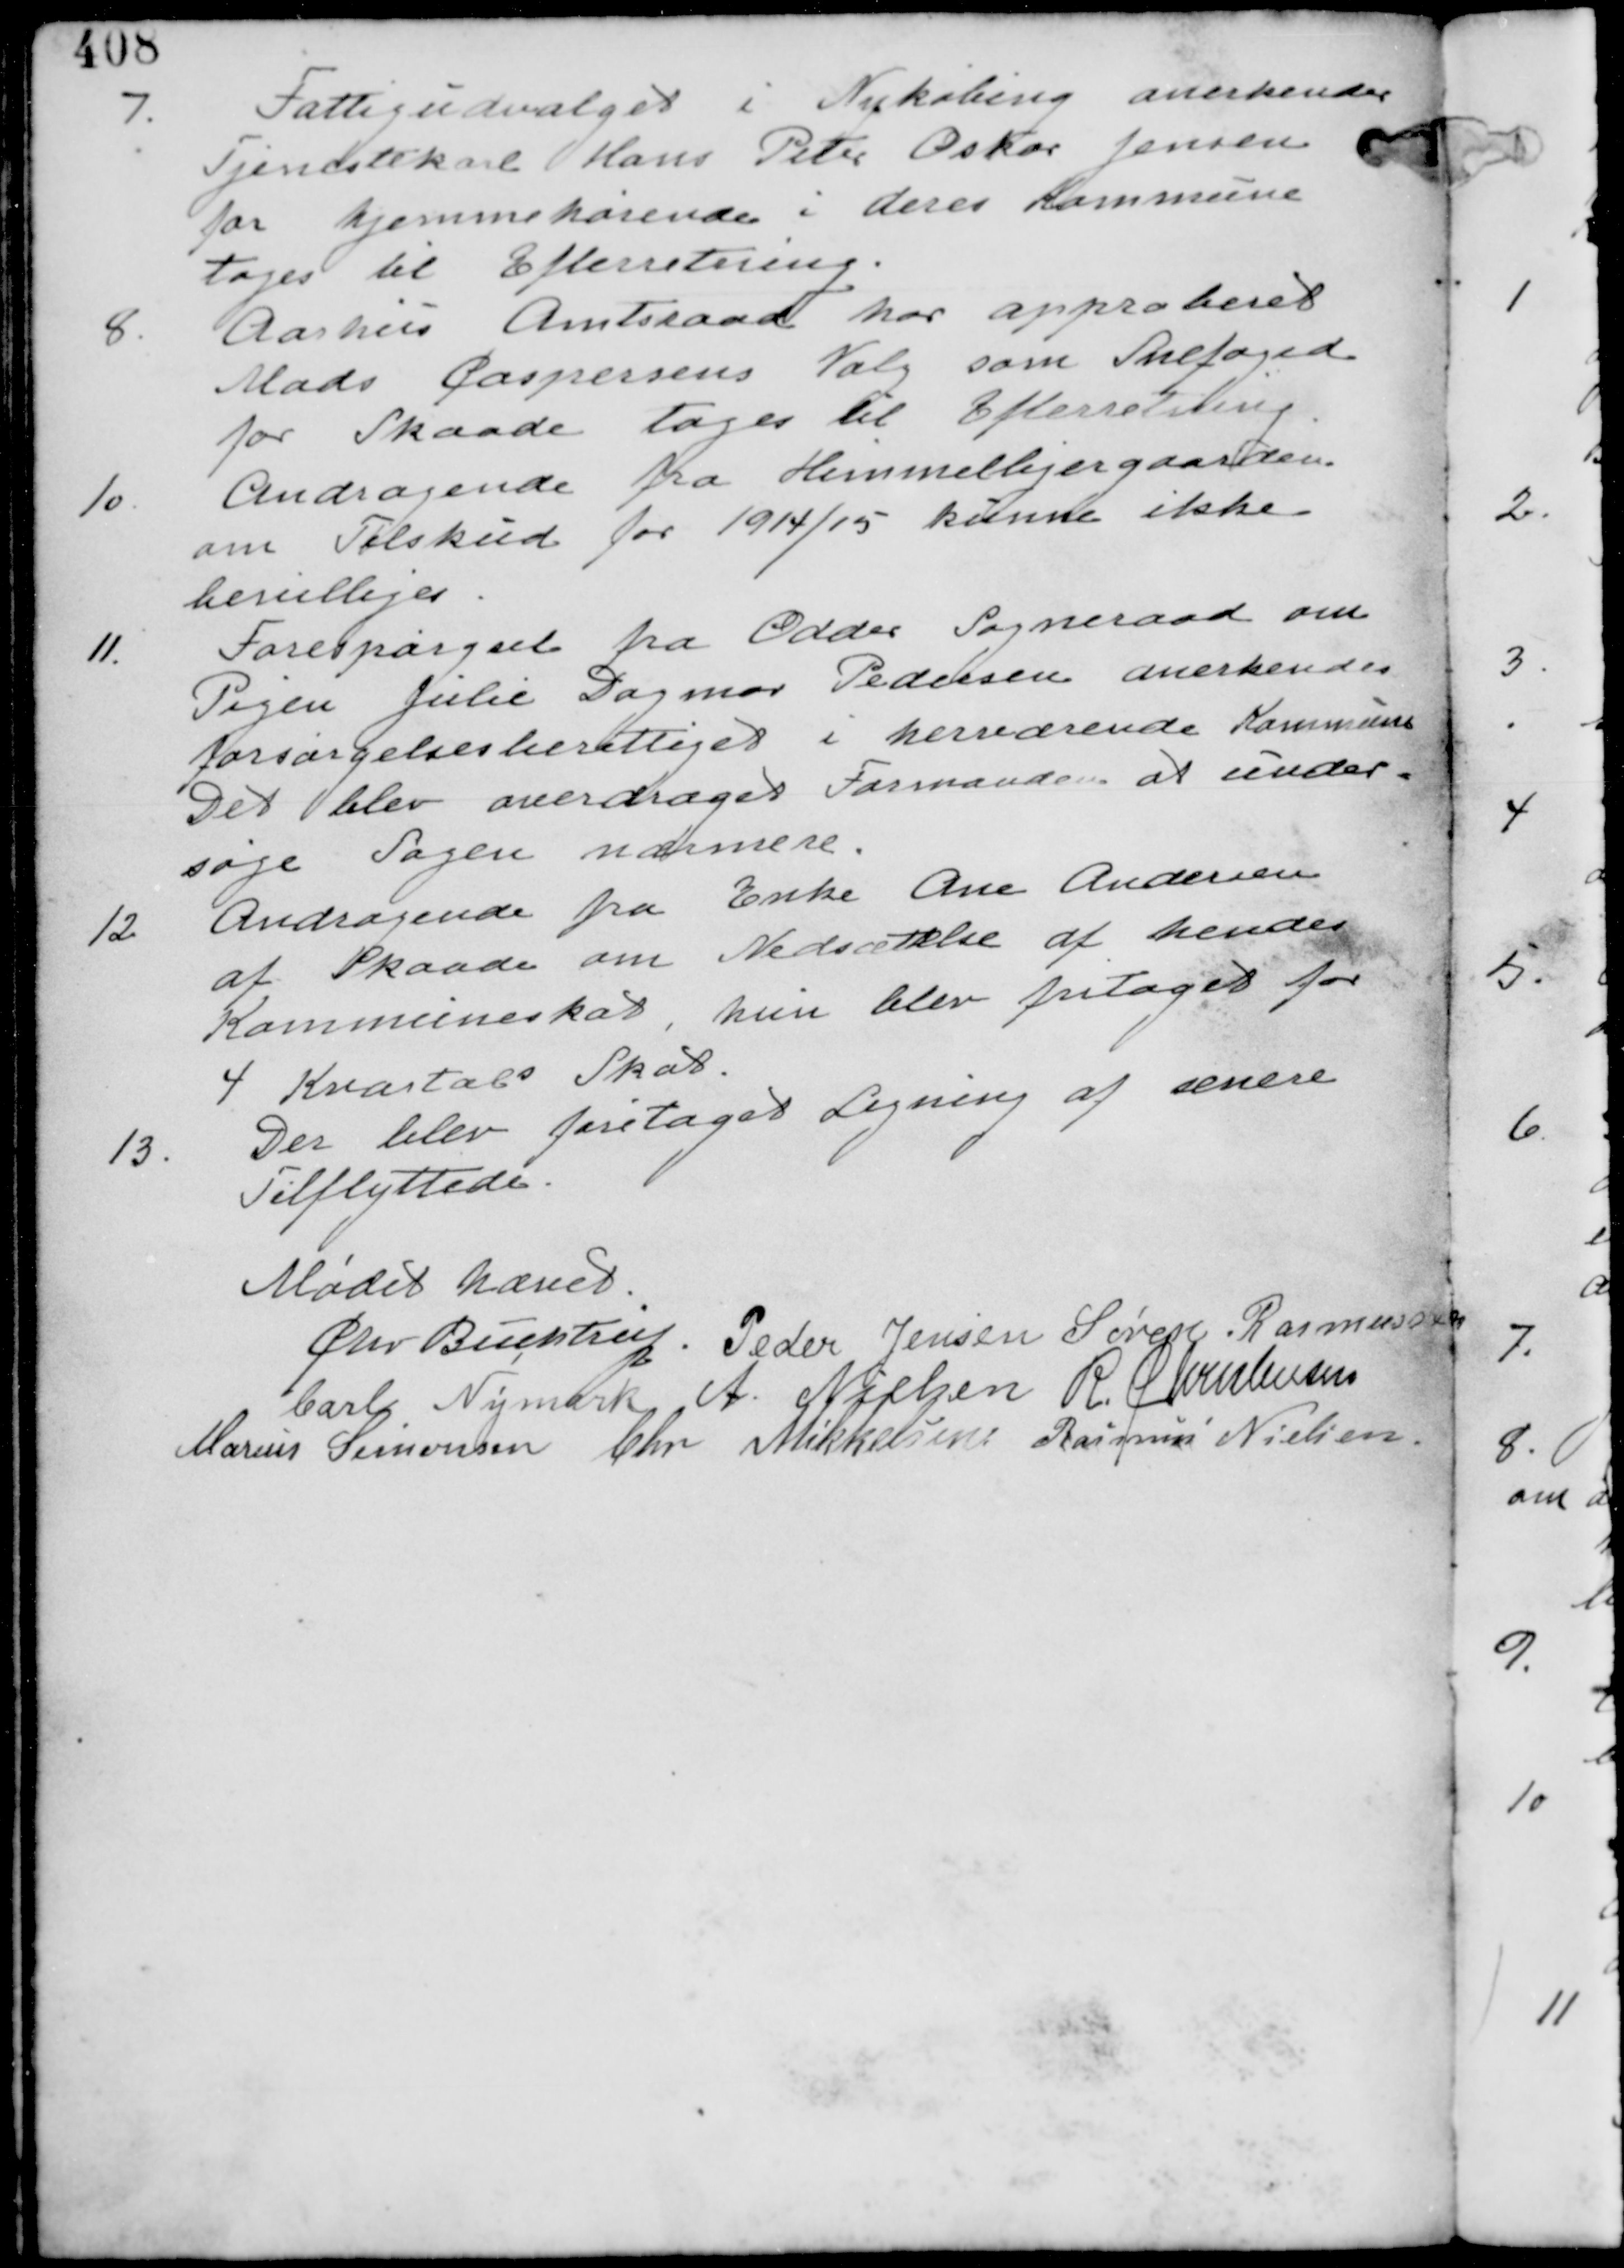
Transskription:
7.
Fattigudvalget i Nykøbing anerkender
Tjenestekarl Hans Peter Oskar Jensen
for hjemmehørende i deres Kommune
tages til Efterretning.

8. Aarhus Amtsraad har approberet
Mads Caspersens Valg som Snefoged
for Skaade tages til Efterretning

10.
Andragende fra Himmelbjerggaarden
om Tilskud for 1914/15 kunne ikke
bevilliges

11.
Forespørgsel fra Odder Sogneraad om
Pigen Julie Dagmar Pedersen anerkendes
forsørgelsesberettiget i herværende Kommune
Det blev overdraget Formanden at under-
søge Sagen nærmere.

12. Andragende fra Enke Ane Andersen
af Skaade om Nedsættelse af hendes
Kommuneskat, hun blev fritaget for
4 Kvartals Skat-

13.
Der blev foretaget Ligning af senere
Tilflyttere.

Mødet hævet
Chr Buchtrup. Peder Jensen Søren Rasmussen
Carl Nymark A Nielsen R Christensen
Marius Simonsen Chr Mikkelsen Rasmus Nielsen